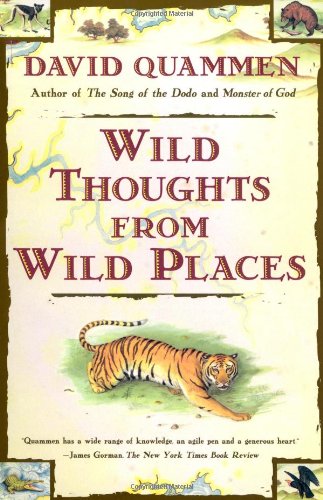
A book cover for Wild Thoughts from Wild Places; David Quammen; Travel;